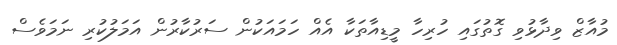
މުއާޒް ވިދާޅުވި ގޮތުގައި ހުރިހާ މީޑިއާތަކާ އެއް ހަމައަކުން ސަރުކާރުން އަމަލުކުރި ނަމަވެސް